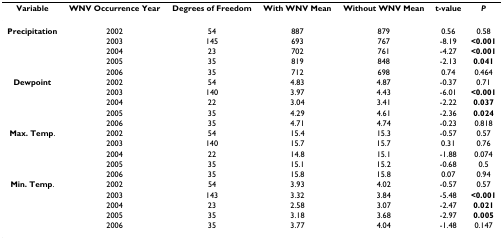
| Variable | WNV Occurrence Year | Degrees of Freedom | With WNV Mean | Without WNV Mean | t-value | P |
 | --- | --- | --- | --- | --- | --- | --- |
 | Precipitation | 2002 | 54 | 887 | 879 | 0.56 | 0.58 |
 |  | 2003 | 145 | 693 | 767 | -8.19 | <0.001 |
 |  | 2004 | 23 | 702 | 761 | -4.27 | <0.001 |
 |  | 2005 | 35 | 819 | 848 | -2.13 | 0.041 |
 |  | 2006 | 35 | 712 | 698 | 0.74 | 0.464 |
 | Dewpoint | 2002 | 54 | 4.83 | 4.87 | -0.37 | 0.71 |
 |  | 2003 | 140 | 3.97 | 4.43 | -6.01 | <0.001 |
 |  | 2004 | 22 | 3.04 | 3.41 | -2.22 | 0.037 |
 |  | 2005 | 35 | 4.29 | 4.61 | -2.36 | 0.024 |
 |  | 2006 | 35 | 4.71 | 4.74 | -0.23 | 0.818 |
 | Max. Temp. | 2002 | 54 | 15.4 | 15.3 | -0.57 | 0.57 |
 |  | 2003 | 140 | 15.7 | 15.7 | 0.31 | 0.76 |
 |  | 2004 | 22 | 14.8 | 15.1 | -1.88 | 0.074 |
 |  | 2005 | 35 | 15.1 | 15.2 | -0.68 | 0.5 |
 |  | 2006 | 35 | 15.8 | 15.8 | 0.07 | 0.94 |
 | Min. Temp. | 2002 | 54 | 3.93 | 4.02 | -0.57 | 0.57 |
 |  | 2003 | 143 | 3.32 | 3.84 | -5.48 | <0.001 |
 |  | 2004 | 23 | 2.58 | 3.07 | -2.47 | 0.021 |
 |  | 2005 | 35 | 3.18 | 3.68 | -2.97 | 0.005 |
 |  | 2006 | 35 | 3.77 | 4.04 | -1.48 | 0.147 |